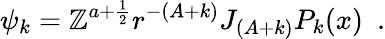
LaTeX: \psi_{k}=\mathbb{Z}^{a+\frac{{1}}{{2}}}r^{-(A+k)}J_{(A+k)}P_{k}(x)\, \, \, .